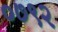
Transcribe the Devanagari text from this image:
०७९२